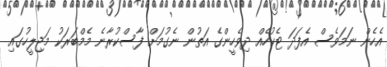
އެހެން ނަމަވެސް އެފަދަ ޓެކުހެއް ދިވެހީންގެ އަތުން ނެގުމަށް ފާސްކުރާނެ މެމްބަރަކު މަޖިލީހުގައި